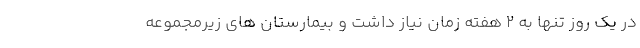
در یک روز تنها به ۲ هفته زمان نیاز داشت و بیمارستان های زیرمجموعه